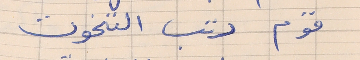
قوم رتب التخوت